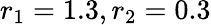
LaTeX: r_{1}=1.3,r_{2}=0.3